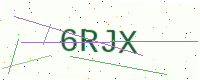
Text: 6RJX